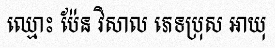
ឈ្មោះ ប៉ែន វិសាល ភេទប្រុស អាយុ